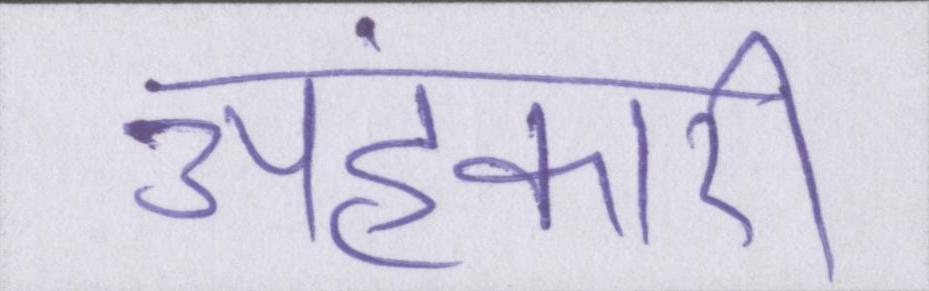
अहंकारी